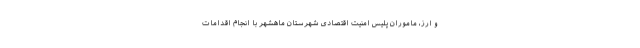
و ارز، ماموران پلیس امنیت اقتصادی شهرستان ماهشهر با انجام اقدامات